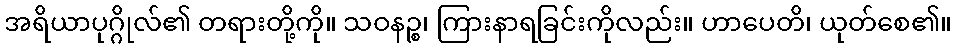
အရိယာပုဂ္ဂိုလ်၏ တရားတို့ကို။ သဝနဉ္စ၊ ကြားနာရခြင်းကိုလည်း။ ဟာပေတိ၊ ယုတ်စေ၏။